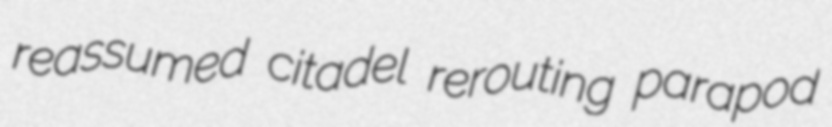
reassumed citadel rerouting parapod